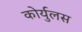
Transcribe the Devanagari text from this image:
कोर्युलस